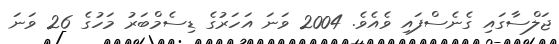
ޖަލްސާގައި ގެނެސްފައި ވެއެވެ. 2004 ވަނަ އަހަރުގެ ޑިސެމްބަރު މަހުގެ 26 ވަނަ